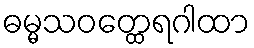
ဓမ္မသဝတ္ထေရဂါထာ